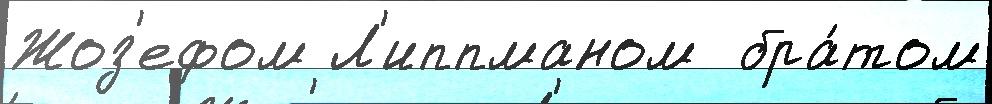
Жоз'ефом Л'иппманом  бра́том